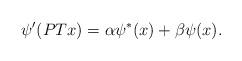
LaTeX: \begin{align*}\psi'(PT x)= \alpha \psi^*(x) +\beta \psi(x).\end{align*}